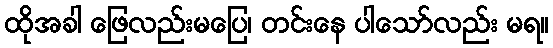
ထိုအခါ ဖြေလည်းမပြေ၊ တင်းနေ ပါသော်လည်း မရ။